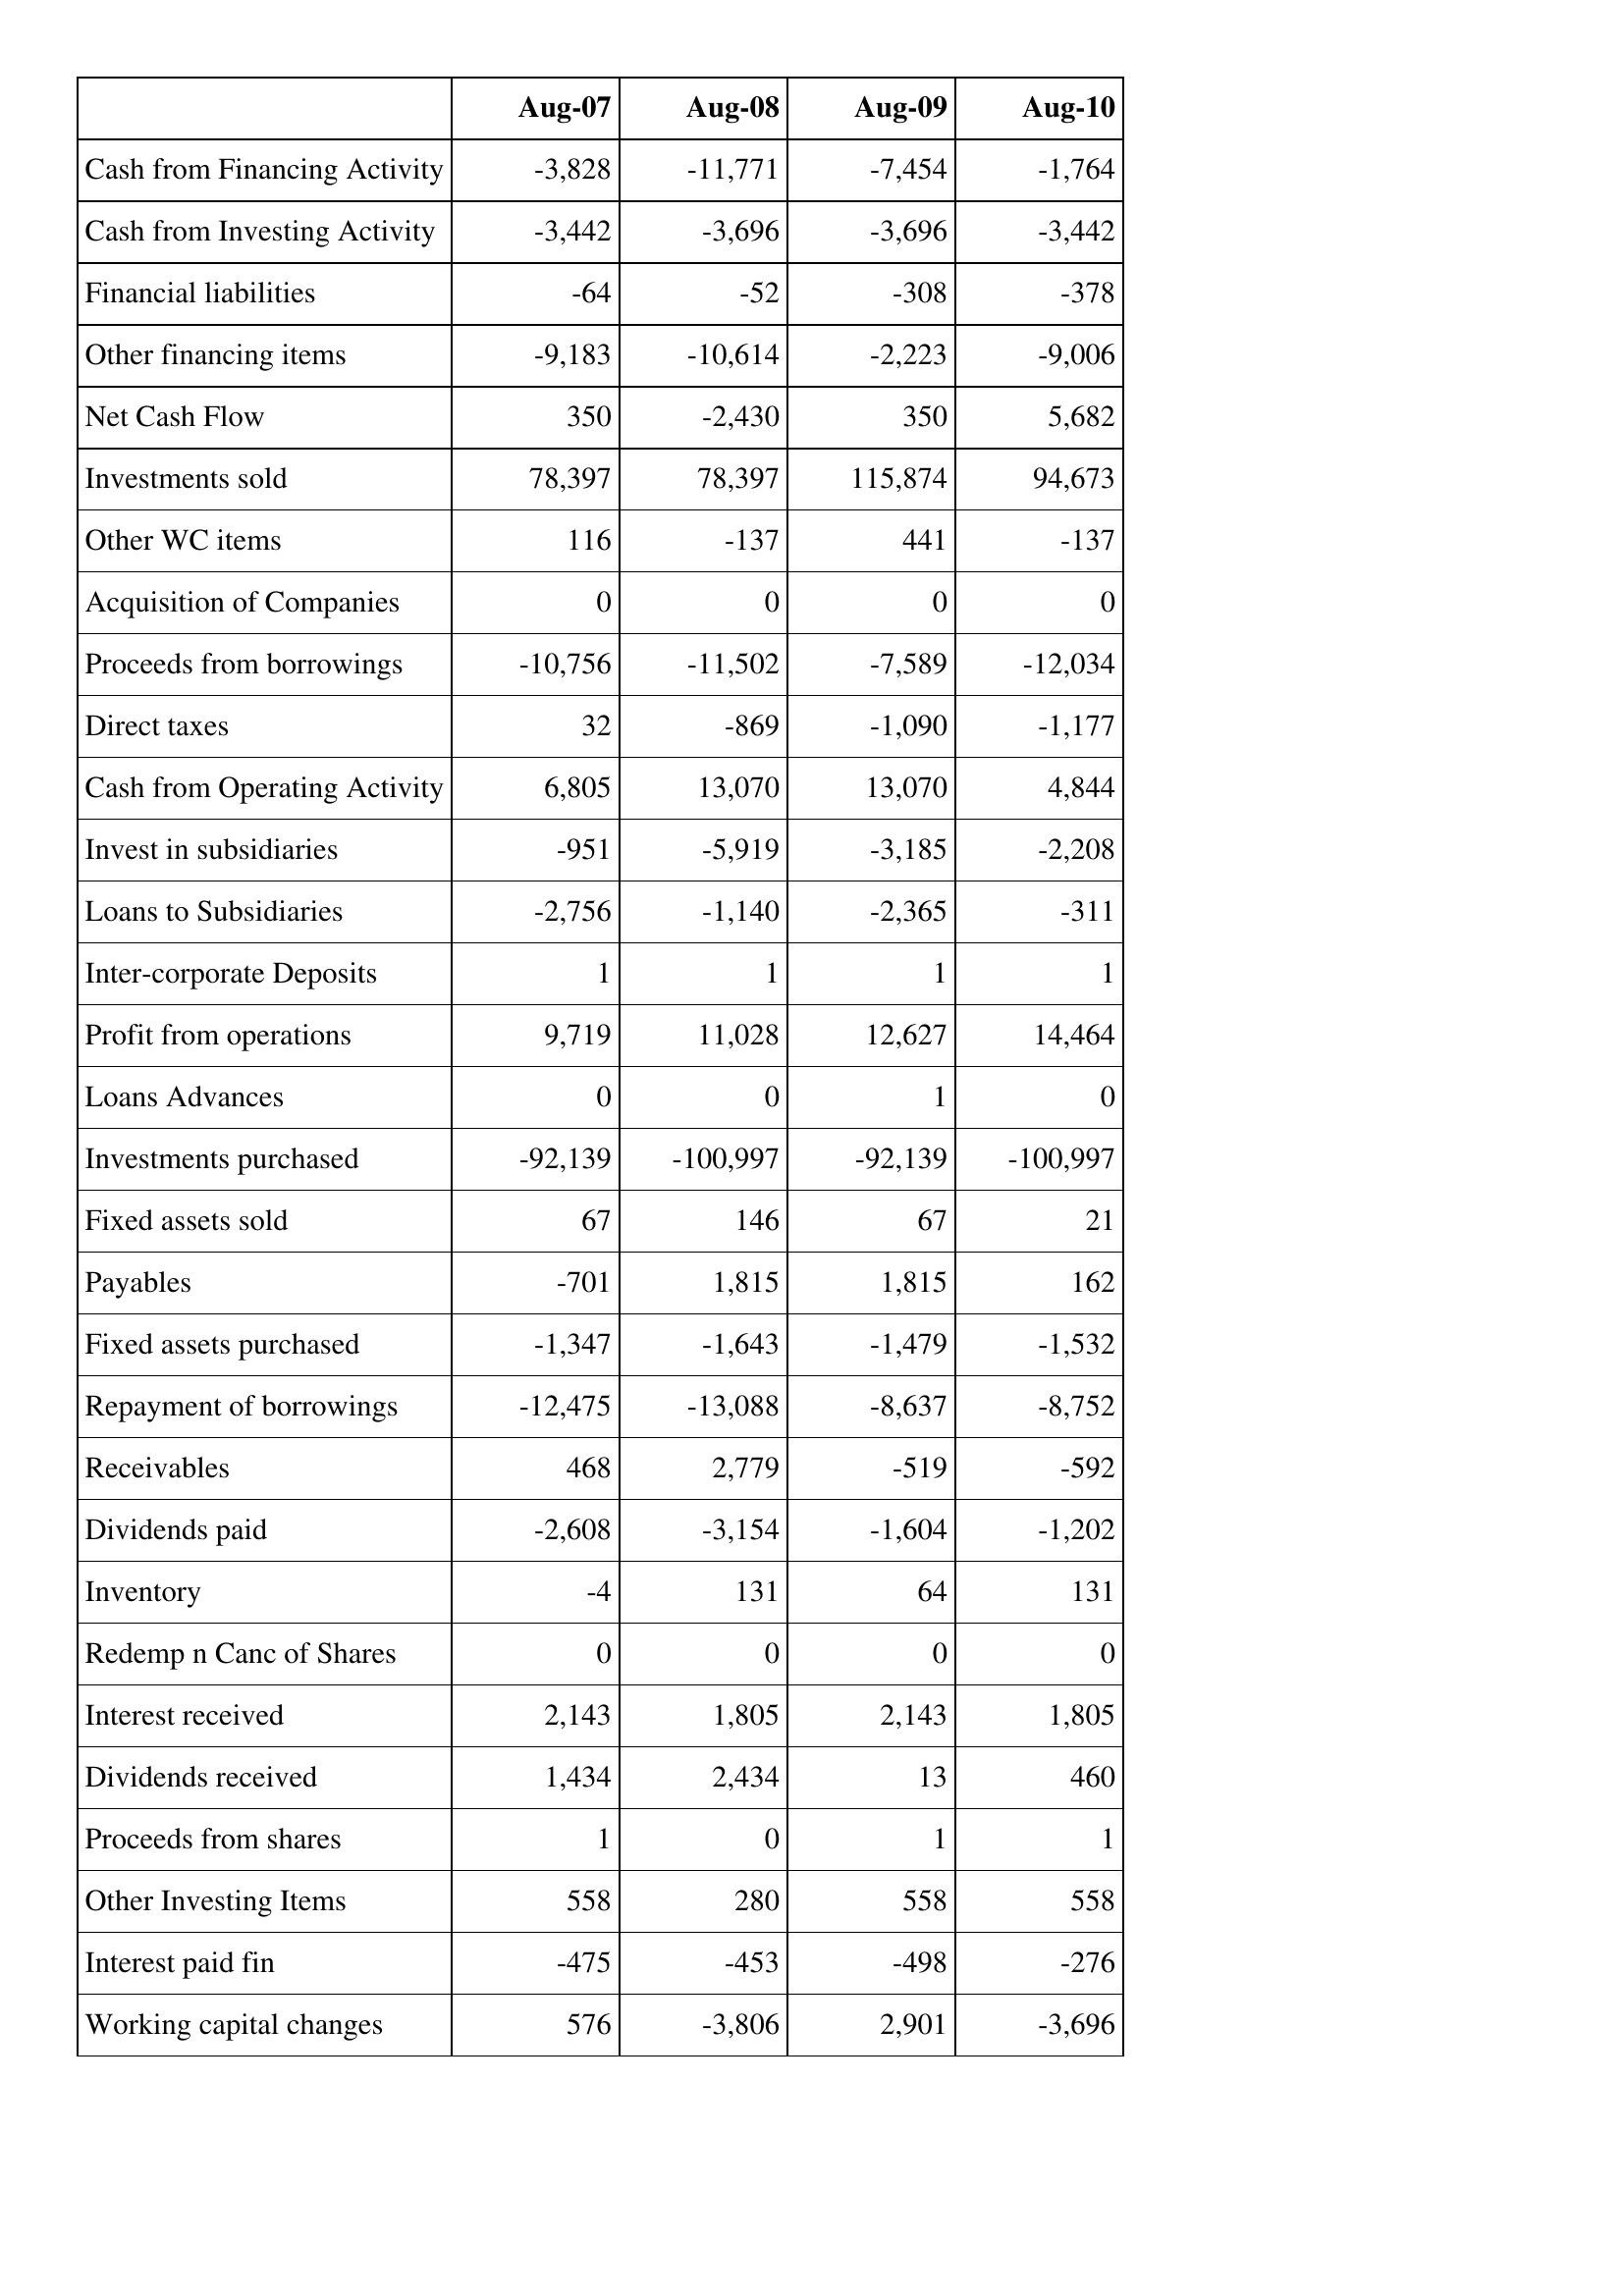
Aug-07: Cash Flows: Cash from Financing Activity: -3,828
Cash from Investing Activity: -3,442
Financial liabilities: -64
Other financing items: -9,183
Net Cash Flow: 350
Investments sold: 78,397
Other WC items: 116
Acquisition of Companies: 0
Proceeds from borrowings: -10,756
Direct taxes: 32
Cash from Operating Activity: 6,805
Invest in subsidiaries: -951
Loans to Subsidiaries: -2,756
Inter-corporate Deposits: 1
Profit from operations: 9,719
Loans Advances: 0
Investments purchased: -92,139
Fixed assets sold: 67
Payables: -701
Fixed assets purchased: -1,347
Repayment of borrowings: -12,475
Receivables: 468
Dividends paid: -2,608
Inventory: -4
Redemp n Canc of Shares: 0
Interest received: 2,143
Dividends received: 1,434
Proceeds from shares: 1
Other Investing Items: 558
Interest paid fin: -475
Working capital changes: 576
Aug-08: Cash Flows: Cash from Financing Activity: -11,771
Cash from Investing Activity: -3,696
Financial liabilities: -52
Other financing items: -10,614
Net Cash Flow: -2,430
Investments sold: 78,397
Other WC items: -137
Acquisition of Companies: 0
Proceeds from borrowings: -11,502
Direct taxes: -869
Cash from Operating Activity: 13,070
Invest in subsidiaries: -5,919
Loans to Subsidiaries: -1,140
Inter-corporate Deposits: 1
Profit from operations: 11,028
Loans Advances: 0
Investments purchased: -100,997
Fixed assets sold: 146
Payables: 1,815
Fixed assets purchased: -1,643
Repayment of borrowings: -13,088
Receivables: 2,779
Dividends paid: -3,154
Inventory: 131
Redemp n Canc of Shares: 0
Interest received: 1,805
Dividends received: 2,434
Proceeds from shares: 0
Other Investing Items: 280
Interest paid fin: -453
Working capital changes: -3,806
Aug-09: Cash Flows: Cash from Financing Activity: -7,454
Cash from Investing Activity: -3,696
Financial liabilities: -308
Other financing items: -2,223
Net Cash Flow: 350
Investments sold: 115,874
Other WC items: 441
Acquisition of Companies: 0
Proceeds from borrowings: -7,589
Direct taxes: -1,090
Cash from Operating Activity: 13,070
Invest in subsidiaries: -3,185
Loans to Subsidiaries: -2,365
Inter-corporate Deposits: 1
Profit from operations: 12,627
Loans Advances: 1
Investments purchased: -92,139
Fixed assets sold: 67
Payables: 1,815
Fixed assets purchased: -1,479
Repayment of borrowings: -8,637
Receivables: -519
Dividends paid: -1,604
Inventory: 64
Redemp n Canc of Shares: 0
Interest received: 2,143
Dividends received: 13
Proceeds from shares: 1
Other Investing Items: 558
Interest paid fin: -498
Working capital changes: 2,901
Aug-10: Cash Flows: Cash from Financing Activity: -1,764
Cash from Investing Activity: -3,442
Financial liabilities: -378
Other financing items: -9,006
Net Cash Flow: 5,682
Investments sold: 94,673
Other WC items: -137
Acquisition of Companies: 0
Proceeds from borrowings: -12,034
Direct taxes: -1,177
Cash from Operating Activity: 4,844
Invest in subsidiaries: -2,208
Loans to Subsidiaries: -311
Inter-corporate Deposits: 1
Profit from operations: 14,464
Loans Advances: 0
Investments purchased: -100,997
Fixed assets sold: 21
Payables: 162
Fixed assets purchased: -1,532
Repayment of borrowings: -8,752
Receivables: -592
Dividends paid: -1,202
Inventory: 131
Redemp n Canc of Shares: 0
Interest received: 1,805
Dividends received: 460
Proceeds from shares: 1
Other Investing Items: 558
Interest paid fin: -276
Working capital changes: -3,696